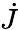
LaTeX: \dot{J}